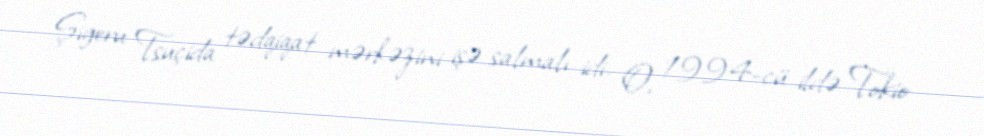
Şigeru Tsuçida tədqiqat mərkəzini işə salmalı idi. O, 1994-cü ildə Tokio